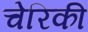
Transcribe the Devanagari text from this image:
चेरिकी